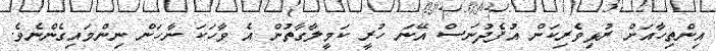
އިންތިހާއަށް ރުޅިވެރިކަން އުފެދުނަސް އޭނަ ހުރީ ކަމީލާގާތުން އެ ވާހަކަ ނާހަން ނިންމައިގެންނެވެ.